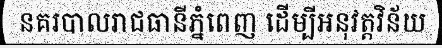
នគរបាលរាជធានីភ្នំពេញ ដើម្បីអនុវត្តវិន័យ